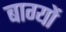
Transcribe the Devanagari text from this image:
बाग्यों